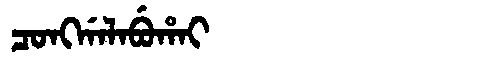
Manchu: ᠴᠣᠩᡤᠠᠯᠠᠪᡠᡥᠠᡳ
Romanization: CONGGALABUHAI